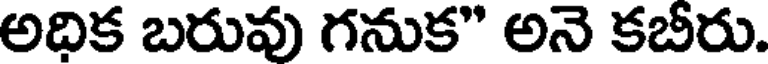
అధిక బరువు గనుక" అనె కబీరు.